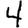
Digit: 4